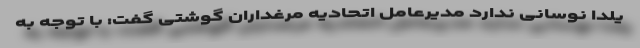
یلدا نوسانی ندارد مدیرعامل اتحادیه مرغداران گوشتی گفت: با توجه به